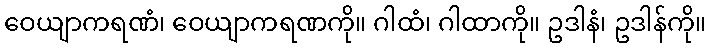
ဝေယျာကရဏံ၊ ဝေယျာကရဏကို။ ဂါထံ၊ ဂါထာကို။ ဥဒါနံ၊ ဥဒါန်ကို။